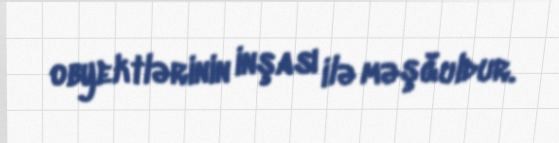
obyektlərinin inşası ilə məşğuldur.